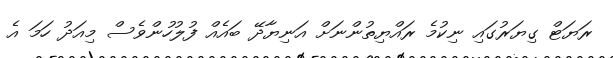
ރަޔަޓް ގިޔަރުގައި ނިކުމެ ރައްޔިތުންނަށް އަނިޔާދޭ ބައެއް ފުލުހުންވެސް މިއަދު ހަމަ އެ